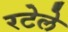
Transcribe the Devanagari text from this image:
रटेले